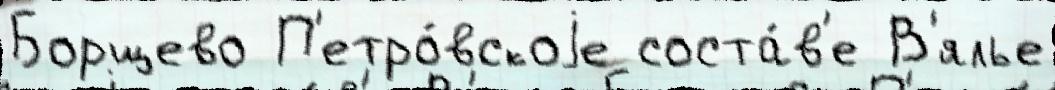
Борщево П'етро́вскоjе соста́в'е В'ялье